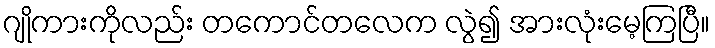
ဂျိုကားကိုလည်း တကောင်တလေက လွဲ၍ အားလုံးမေ့ကြပြီ။